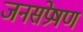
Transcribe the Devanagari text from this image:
जनसंप्रेषण